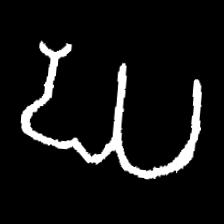
Pyu character \u2014 Myanmar letter: ဃ (romanized: gha)